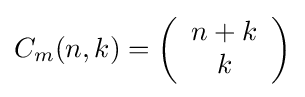
C_{m}(n,k)=\left({\begin{array}{c}n+k\\k\end{array}}\right)